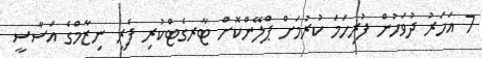
7 އަހަރު ދުވަހުން ފުރިހަމަ ކުރުމަށް ޕްލޭންކޮށް ޓާރގެޓްކުރި ފެރީ ނިޒާމްގެ އަސާސީ